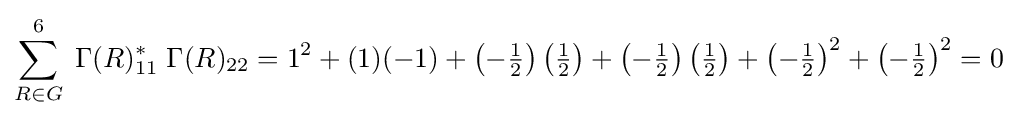
\sum _{R\in G}^{6}\;\Gamma (R)_{11}^{*}\;\Gamma (R)_{22}=1^{2}+(1)(-1)+\left(-{\tfrac {1}{2}}\right)\left({\tfrac {1}{2}}\right)+\left(-{\tfrac {1}{2}}\right)\left({\tfrac {1}{2}}\right)+\left(-{\tfrac {1}{2}}\right)^{2}+\left(-{\tfrac {1}{2}}\right)^{2}=0